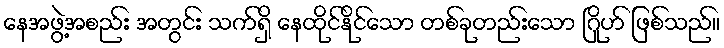
နေအဖွဲ့အစည်း အတွင်း သက်ရှိ နေထိုင်နိုင်သော တစ်ခုတည်းသော ဂြိုဟ် ဖြစ်သည်။